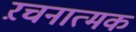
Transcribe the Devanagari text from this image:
ऱचनात्मक